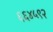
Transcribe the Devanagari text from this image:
६६४५९२